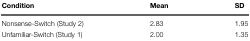
| Condition | Mean | SD |
 | --- | --- | --- |
 | Nonsense-Switch (Study 2) | 2.83 | 1.95 |
 | Unfamiliar-Switch (Study 1) | 2.00 | 1.35 |